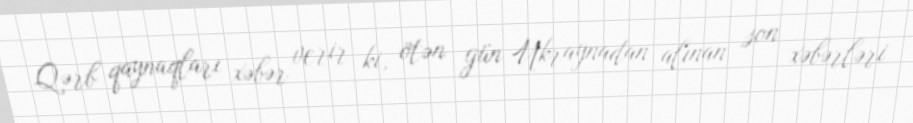
Qərb qaynaqları xəbər verir ki, ötən gün Ukraynadan alınan son xəbərləri